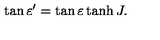
\tan \varepsilon ^ { \prime } = \tan \varepsilon \tanh J .